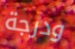
ودرجة